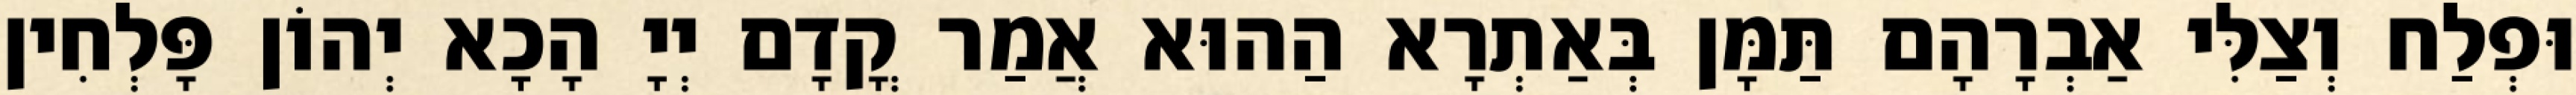
וּפְלַח וְצַלִּי אַבְרָהָם תַּמָּן בְּאַתְרָא הַהוּא אֲמַר קֳדָם יְיָ הָכָא יְהוֹן פָּלְחִין